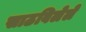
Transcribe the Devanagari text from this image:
साठविलेले